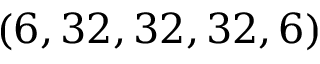
( 6 , 3 2 , 3 2 , 3 2 , 6 )